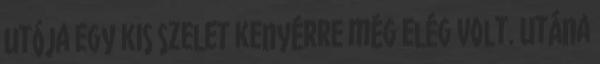
utója egy kis szelet kenyérre még elég volt. Utána